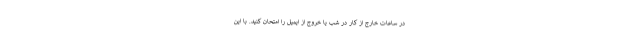
در ساعات خارج از کار در شب یا خروج از ایمیل را امتحان کنید. با این